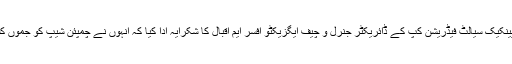
احمد طحہٰ مسعودی کے والدین نے انڈئن پینکیک سیالٹ فیڈریشن کپ کے ڈائریکٹر جنرل و چیف ایگزیکٹو افسر ایم اقبال کا شکرایہ ادا کیا کہ انہوں نے چمپئن شیپ کو جموں کشمیر میں فروغ دینے میں اہم رول ادا کیا۔